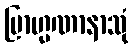
ဗြာဟ္မဏာနာသုံ